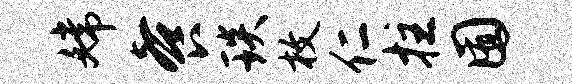
嫦餐琰枚仁拄囿